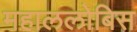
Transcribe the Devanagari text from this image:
महाललोबिस